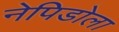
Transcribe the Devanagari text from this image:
नेपिडोला